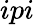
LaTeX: ipi